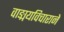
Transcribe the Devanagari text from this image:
वाङ्मयविचाराने